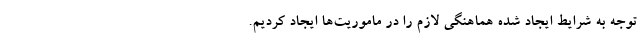
توجه به شرایط ایجاد شده هماهنگی لازم را در ماموریت‌ها ایجاد کردیم.